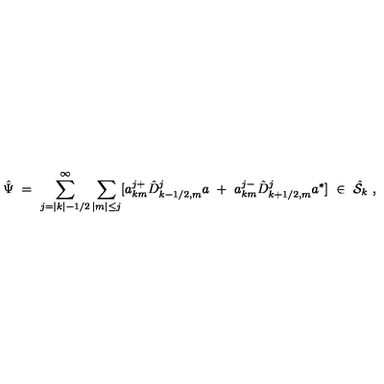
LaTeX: { \hat { \Psi } } \ = \ \sum _ { j = | k | - 1 / 2 } ^ { \infty } \sum _ { | m | \le j } [ a _ { k m } ^ { j + } { \hat { D } } _ { k - 1 / 2 , m } ^ { j } a \ + \ a _ { k m } ^ { j - } { \hat { D } } _ { k + 1 / 2 , m } ^ { j } a ^ { * } ] \ \in \ { \hat { \cal S } } _ { k } \ ,